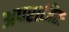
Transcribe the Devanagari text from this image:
अपराजितः